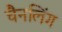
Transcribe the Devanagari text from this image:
चैनलिंग